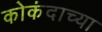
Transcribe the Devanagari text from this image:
कोकंदाच्या